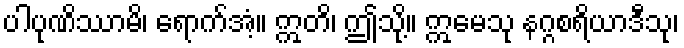
ပါပုဏိဿာမိ၊ ရောက်အံ့။ ဣတိ၊ ဤသို့။ ဣမေသု နဂ္ဂစရိယာဒီသု၊